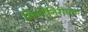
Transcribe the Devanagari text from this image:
मिर्गीनिरोधक